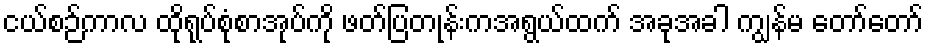
ငယ်စဉ်ကာလ ထိုရုပ်စုံစာအုပ်ကို ဖတ်ပြတုန်းကအရွယ်ထက် အခုအခါ ကျွန်မ တော်တော်